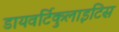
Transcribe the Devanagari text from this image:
डायवर्टिकुलाइटिस